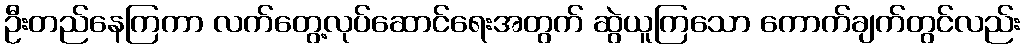
ဦးတည်နေကြကာ လက်တွေ့လုပ်ဆောင်ရေးအတွက် ဆွဲယူကြသော ကောက်ချက်တွင်လည်း